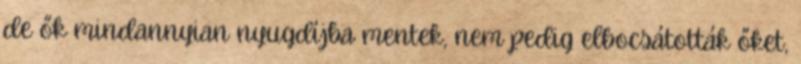
de ők mindannyian nyugdíjba mentek, nem pedig elbocsátották őket,